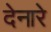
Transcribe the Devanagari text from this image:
देनारे